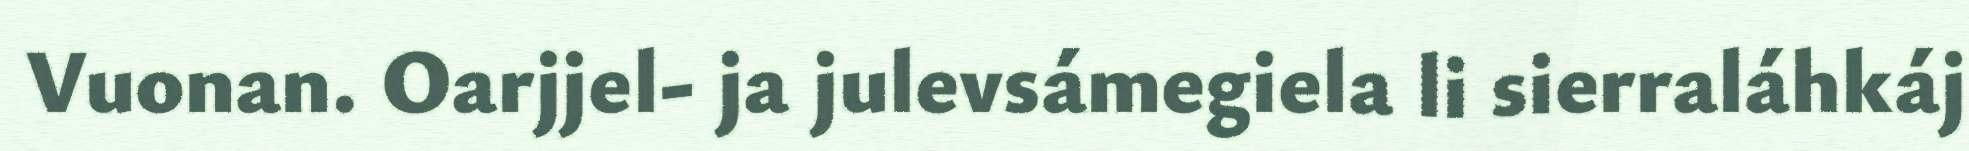
Vuonan. Oarjjel- ja julevsámegiela li sierraláhkáj